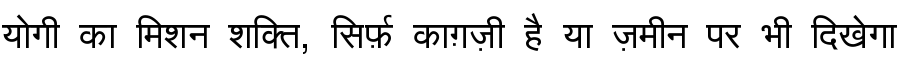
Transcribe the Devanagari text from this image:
योगी का मिशन शक्ति, सिर्फ़ काग़ज़ी है या ज़मीन पर भी दिखेगा